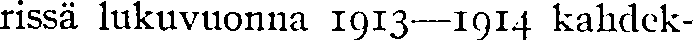
rissä lukuvuonna 1913—1914 kahdek-